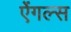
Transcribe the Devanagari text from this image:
ऐंगल्स